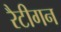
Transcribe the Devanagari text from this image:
रैटीगन